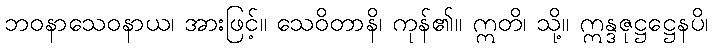
ဘဝနာသေဝနာယ၊ အားဖြင့်။ သေဝိတာနိ၊ ကုန်၏။ ဣတိ၊ သို့။ ဣန္ဒဇုဋ္ဌဋ္ဌေနပိ၊